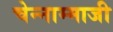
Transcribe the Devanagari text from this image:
चेन्‍नाम्‍माजी